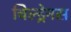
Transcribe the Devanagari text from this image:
चिल्ड्रेनस